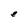
Character: e